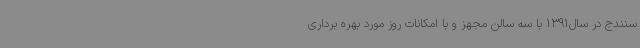
سنندج در سال1391 با سه سالن مجهز و با امکانات روز مورد بهره برداری